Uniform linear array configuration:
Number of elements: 24
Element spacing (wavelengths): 0.75
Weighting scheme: uniform
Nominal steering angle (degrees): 30
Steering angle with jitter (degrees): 30.216
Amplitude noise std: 0.05
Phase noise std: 0.05

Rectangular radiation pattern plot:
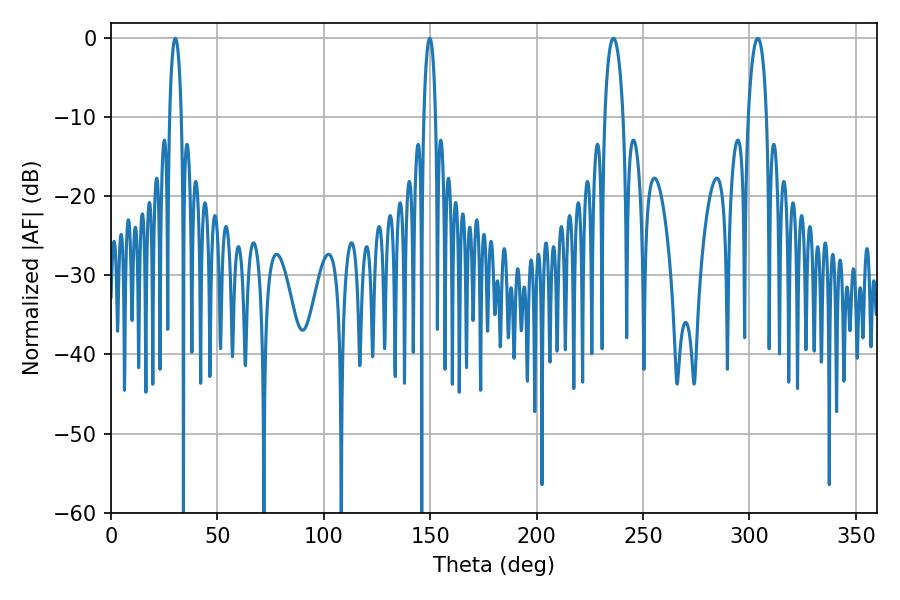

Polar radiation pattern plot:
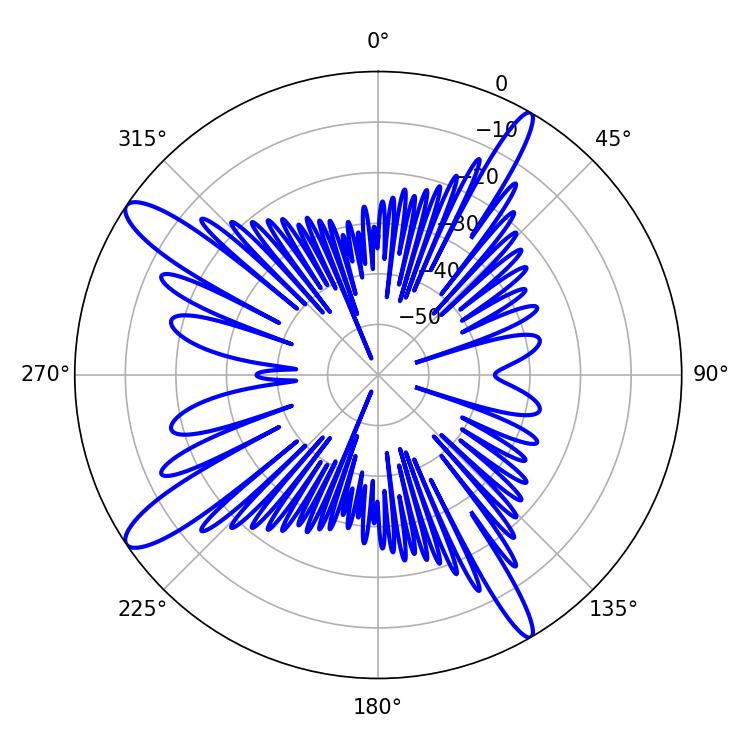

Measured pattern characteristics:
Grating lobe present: TRUE
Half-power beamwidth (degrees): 3.24
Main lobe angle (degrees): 30.24